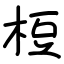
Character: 梪